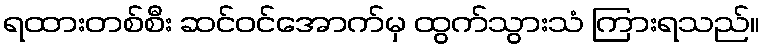
ရထားတစ်စီး ဆင်ဝင်အောက်မှ ထွက်သွားသံ ကြားရသည်။